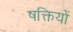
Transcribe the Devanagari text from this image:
षक्तियों